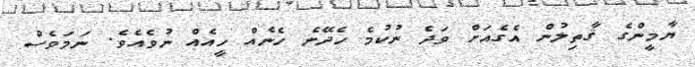
ޔާމީންގެ ޤާތިލުން އެގެއަށް ވަދެ ނުކުމެ ހެދޭނެ ހެނެއް ހީއެއް ނުވެއެވެ. ނަމަވެސް